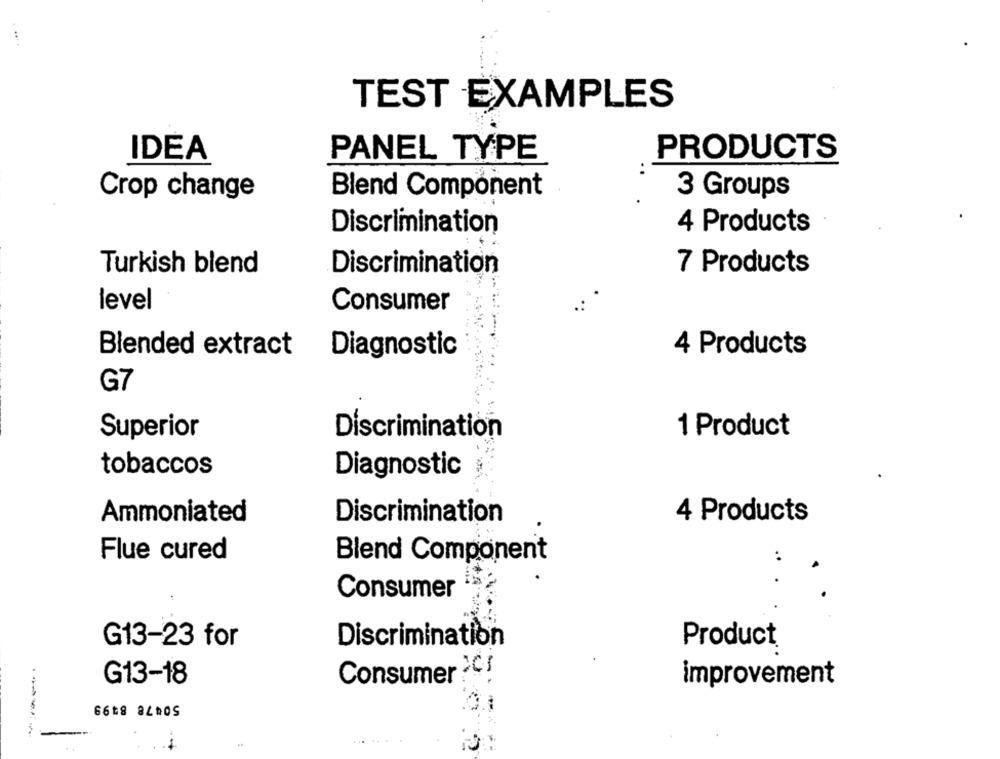
TEST EXAMPLES
IDEA
PANEL TYPE
PRODUCTS
..
Crop change
Blend Component
3 Groups
4 Products
Discrimination
Turkish blend
Discrimination
7 Products
level
Consumer
4 Products
Blended extract
Diagnostic
G7
1 Product
Superior
Discrimination
tobaccos
Diagnostic
Ammoniated
Discrimination
4 Products
Flue cured
Blend Component
Consumer
G13-23 for
Discrimination
Product
Consumer ÈC!
G13-18
improvement
50478 8499
-----